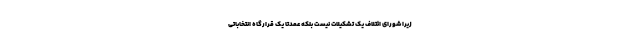
زیرا شورای ائتلاف یک تشکیلات نیست بلکه عمدتاً یک قرارگاه انتخاباتی